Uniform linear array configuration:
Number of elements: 8
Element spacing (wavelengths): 0.75
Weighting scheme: hamming
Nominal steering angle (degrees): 15
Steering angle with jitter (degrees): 14.765
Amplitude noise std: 0.05
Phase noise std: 0.05

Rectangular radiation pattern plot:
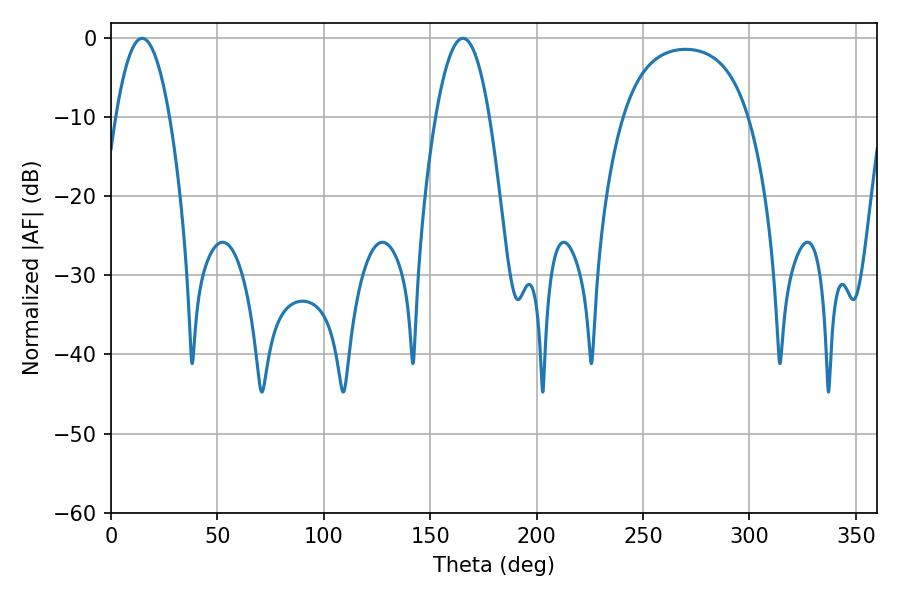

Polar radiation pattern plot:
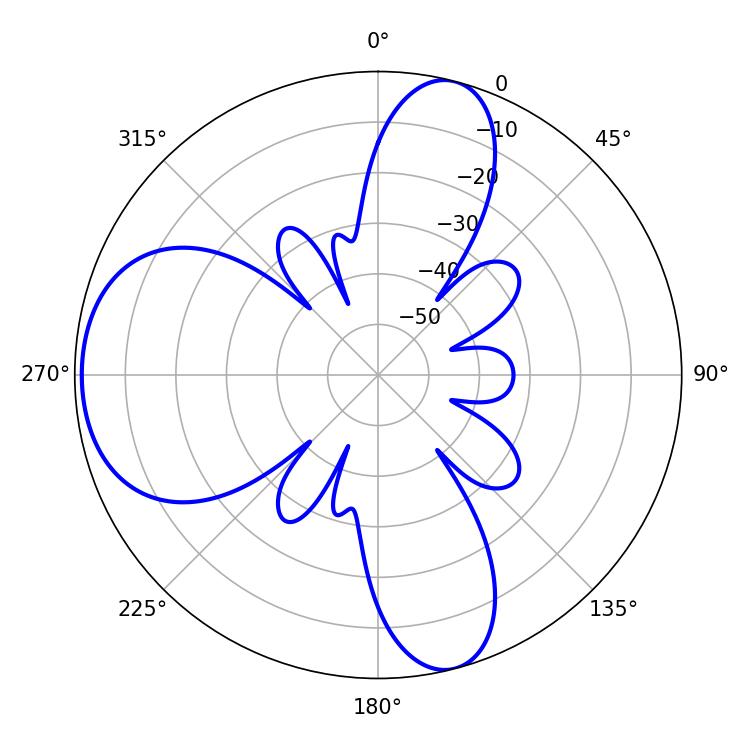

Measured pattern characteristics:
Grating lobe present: TRUE
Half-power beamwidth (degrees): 13.86
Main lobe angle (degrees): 165.42